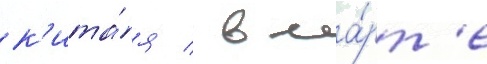
к'ита́я / в ма́рт'е